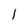
Character: 1